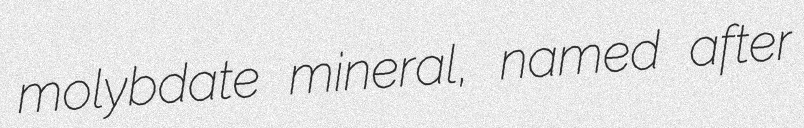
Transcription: molybdate mineral, named after